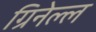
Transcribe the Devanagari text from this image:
ग्रिनेल्ल